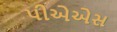
પીએએસ